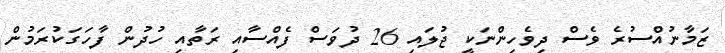
ޒަމާނުއްސުރެ ވެސް ދިވެހިންނަކީ ޖުލައި 26 ދުވަސް ފެއްސާއި ރަތާއި ހުދުން ފާހަގަކުރަމުން